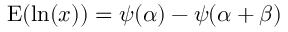
\operatorname { E } ( \ln ( x ) ) = \psi ( \alpha ) - \psi ( \alpha + \beta )